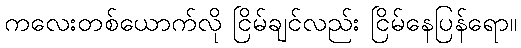
ကလေးတစ်ယောက်လို ငြိမ်ချင်လည်း ငြိမ်နေပြန်ရော။